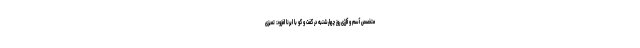
متخصص آسم و آلرژی روز چهارشنبه در گفت و گو با ایرنا افزود: تمیزی